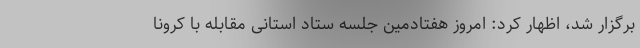
برگزار شد، اظهار کرد: امروز هفتادمین جلسه ستاد استانی مقابله با کرونا